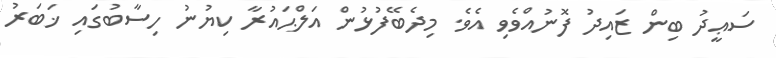
ސަޢީދު ބިން ޒައިދު ފޮނުއްވެވި އެވެ. މިދެބޭފުޅުން އަލްޙައުރާ ކިޔުނު ހިސާބުގައި ޚަބަރު